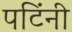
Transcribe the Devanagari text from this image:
पटिंनी